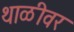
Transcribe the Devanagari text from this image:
थाळीवर